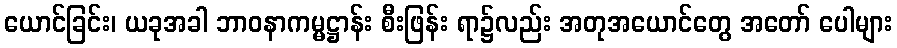
ယောင်ခြင်း၊ ယခုအခါ ဘာဝနာကမ္မဋ္ဌာန်း စီးဖြန်း ရာ၌လည်း အတုအယောင်တွေ အတော် ပေါများ